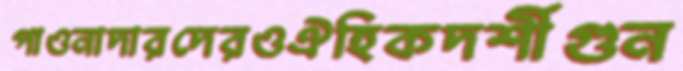
পাওনাদারদেরওঐহিকদর্শীগুন